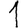
Digit: 1